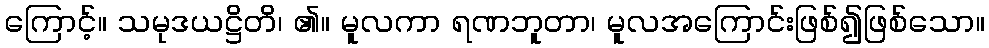
ကြောင့်။ သမုဒယဋ္ဌိတိ၊ ၏။ မူလကာ ရဏဘူတာ၊ မူလအကြောင်းဖြစ်၍ဖြစ်သော။